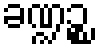
ခဏ္ဍဉ္စ